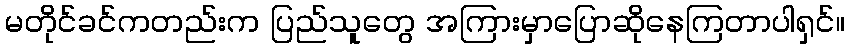
မတိုင်ခင်ကတည်းက ပြည်သူတွေ အကြားမှာပြောဆိုနေကြတာပါရှင်။